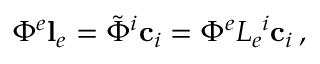
\Phi ^ { e } \mathbf { l } _ { e } = \tilde { \Phi } ^ { i } \mathbf { c } _ { i } = \Phi ^ { e } L _ { e } ^ { \phantom { e } i } \mathbf { c } _ { i } \, ,